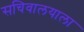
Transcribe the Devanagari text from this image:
सचिवालयाला